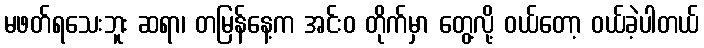
မဖတ်ရသေးဘူး ဆရာ၊ တမြန်နေ့က အင်းဝ တိုက်မှာ တွေ့လို့ ဝယ်တော့ ဝယ်ခဲ့ပါတယ်